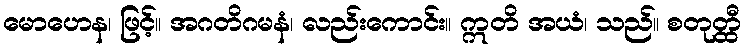
မောဟေန၊ ဖြင့်။ အဂတိဂမနံ၊ လည်းကောင်း။ ဣတိ အယံ၊ သည်။ စတုတ္ထီ